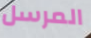
المرسل